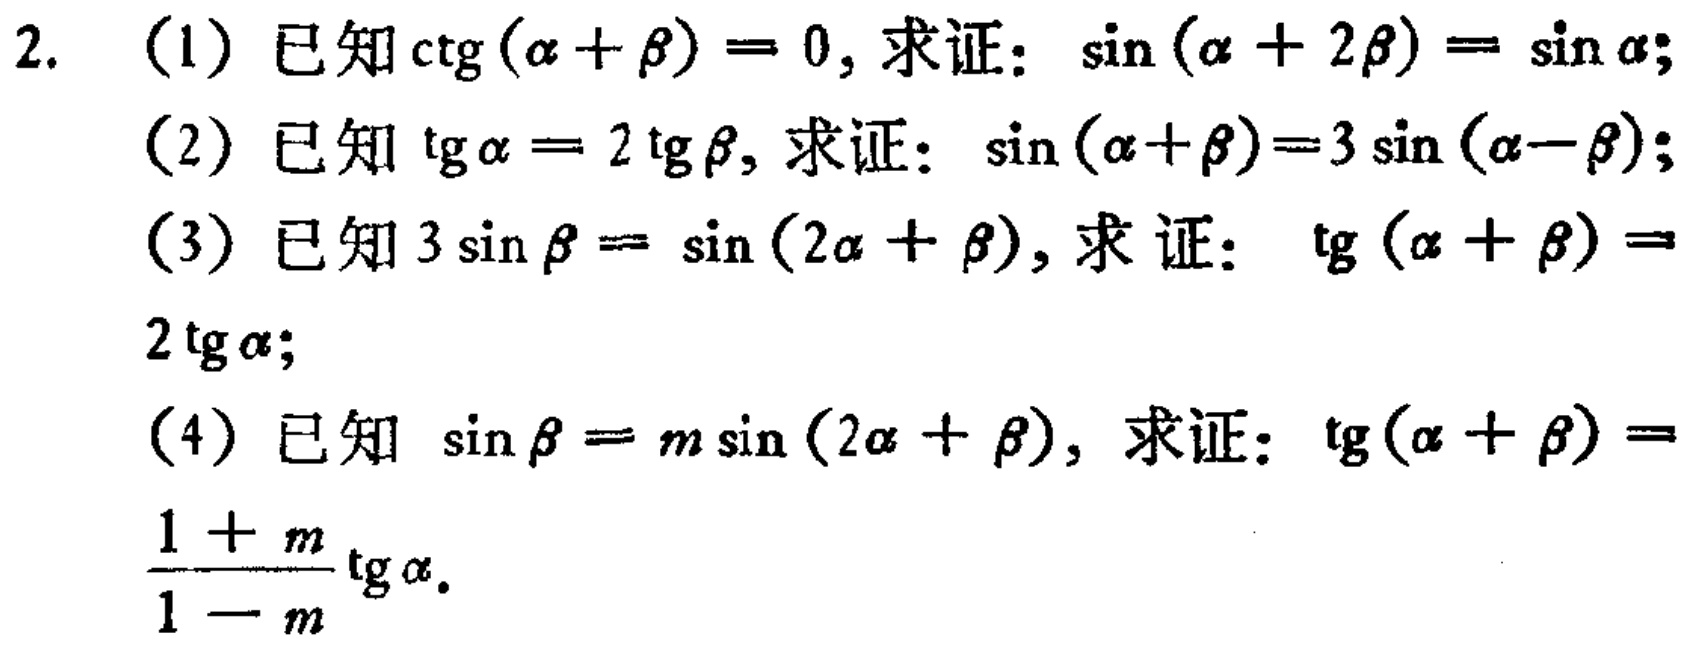
2. (1) 已知\(\cot(\alpha + \beta)=0\), 求证: \(\sin(\alpha + 2\beta)=\sin\alpha\);

(2) 已知\(\tan\alpha = 2\tan\beta\), 求证: \(\sin(\alpha+\beta)=3\sin(\alpha - \beta)\);

(3) 已知\(3\sin\beta=\sin(2\alpha+\beta)\), 求证: \(\tan(\alpha + \beta)=2\tan\alpha\);

(4) 已知\(\sin\beta = m\sin(2\alpha+\beta)\), 求证: \(\tan(\alpha + \beta)=\frac{1 + m}{1 - m}\tan\alpha\).